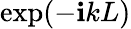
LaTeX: \exp(-\mathbf{i}kL)